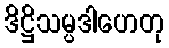
ဒိဋ္ဌိသမ္ပဒါဟေတု